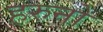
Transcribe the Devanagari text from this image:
हरुनो